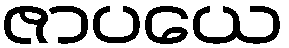
ဇာပယေ